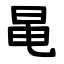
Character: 㫣